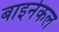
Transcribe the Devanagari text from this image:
बाइनेकल